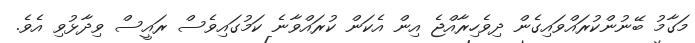
މަގާމު ބޭނުންކުރައްވައިގެން ދިވެހިރާއްޖެ އިން އެކަން ކުރައްވާނެ ކަމުގައިވެސް ރައީސް ވިދާޅުވި އެވެ.